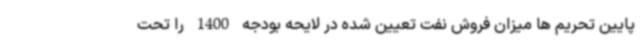
پایین تحریم ها میزان فروش نفت تعیین شده در لایحه بودجه 1400 را تحت